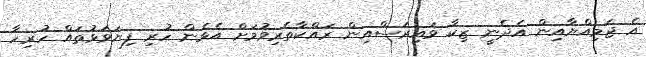
އެ ޖަމިއްޔާއިން އެދެނީ ޒިކާ ވައިރަސްއިން ރައްކާތެރިވުމަށް އެޅެން ހުރި ފިޔަވަޅުތައް ހުރިހާ